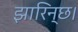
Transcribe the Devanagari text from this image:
झारिन्छ।